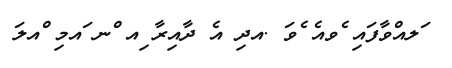
ަލއްވާފައި ެވއެ ެވަ .އދި އެ ދާއިރާ ިއ ްނ ައމި ްއލަ